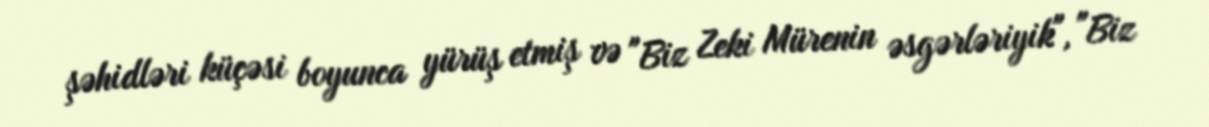
şəhidləri küçəsi boyunca yürüş etmiş və "Biz Zeki Mürenin əsgərləriyik", "Biz